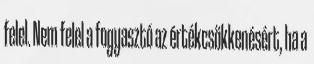
felel. Nem felel a fogyasztó az értékcsökkenésért, ha a